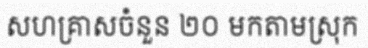
សហគ្រាសចំនួន ២០ មកតាមស្រុក